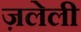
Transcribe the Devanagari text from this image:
ज़लेली